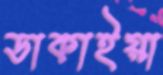
ডাকাইয়া